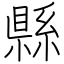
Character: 縣